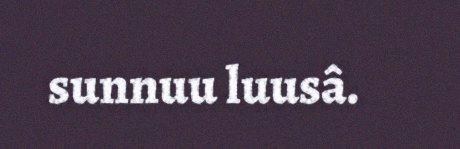
sunnuu luusâ.